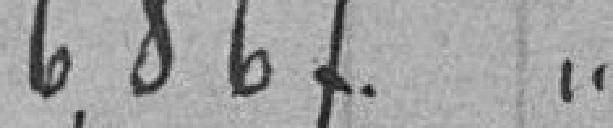
16867